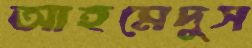
আহমেদুস